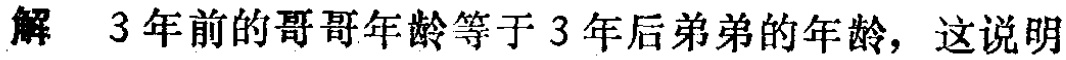
解 3年前的哥哥年龄等于 3年后弟弟的年龄，这说明